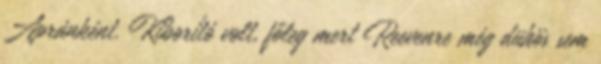
Apránként. Kiborító volt, főleg mert Reevenre még dühös sem